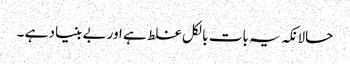
حالانکہ یہ بات بالکل غلط ہے اور بے بنیاد ہے ۔